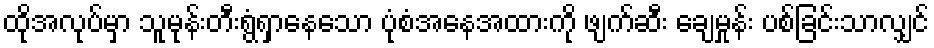
ထိုအလုပ်မှာ သူမုန်းတီးရွံရှာနေသော ပုံစံအနေအထားကို ဖျက်ဆီး ချေမှုန်း ပစ်ခြင်းသာလျှင်